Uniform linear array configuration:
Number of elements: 4
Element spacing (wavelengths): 0.75
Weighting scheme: cosine
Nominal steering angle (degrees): -60
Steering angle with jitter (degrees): -60.751
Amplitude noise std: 0.05
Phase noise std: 0.05

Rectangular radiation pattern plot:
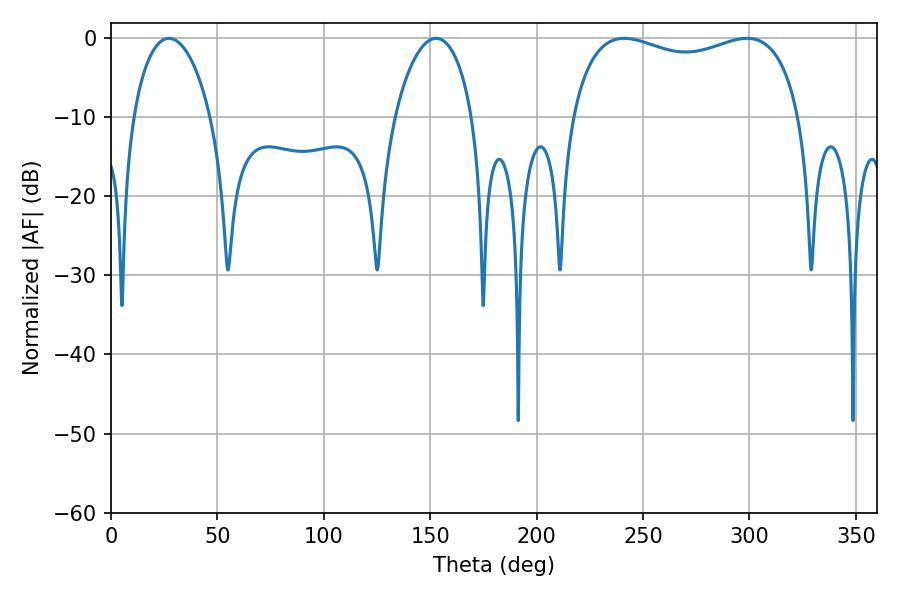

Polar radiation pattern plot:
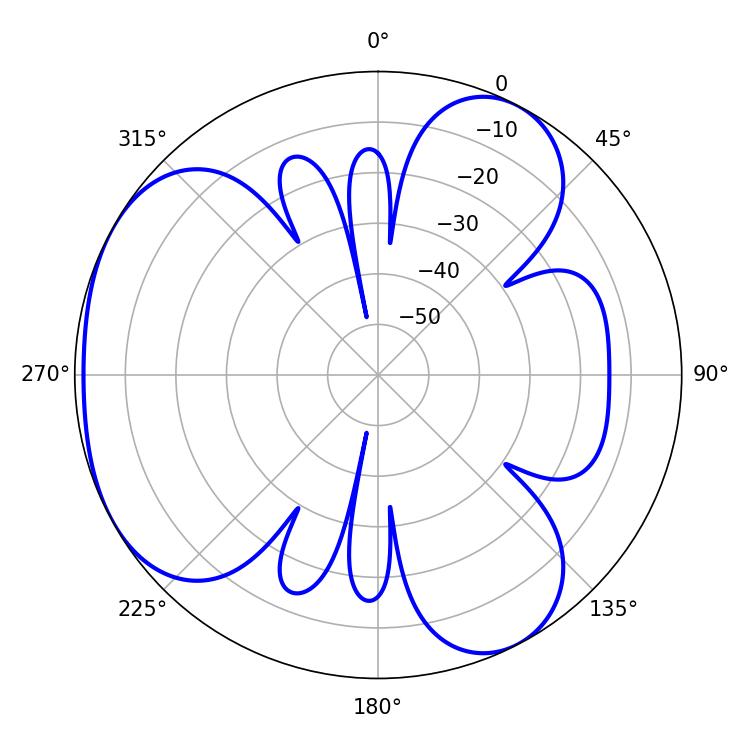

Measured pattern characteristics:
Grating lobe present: TRUE
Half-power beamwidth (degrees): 88.56
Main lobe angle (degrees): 241.2